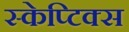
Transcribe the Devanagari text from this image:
स्केप्टिक्स